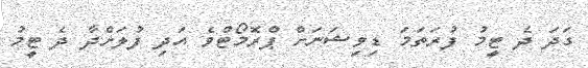
ގަދަ ދެ ޓީމު ފުރަތަމަ ޑިވިޝަނަށް ޕްރޮމޯޓްވެ އަދި ފުލަށްދާ ދެ ޓީމު